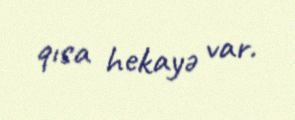
qısa hekayə var.